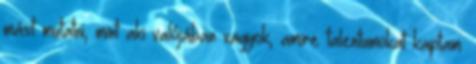
mást mutatni, mint aki valójában vagyok, amire talentumokat kaptam.